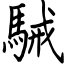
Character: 駴